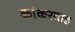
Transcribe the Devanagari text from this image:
कांकरवाड